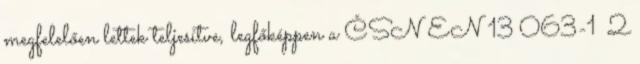
megfelelően lettek teljesítve, legfőképpen a ČSN EN 13 063-1 2